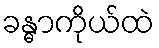
ခန္ဓာကိုယ်ထဲ